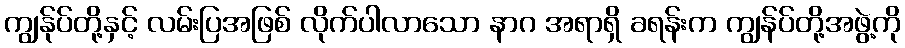
ကျွန်ုပ်တို့နှင့် လမ်းပြအဖြစ် လိုက်ပါလာသော နာဂ အရာရှိ ခရန်းက ကျွန်ပ်တို့အဖွဲ့ကို